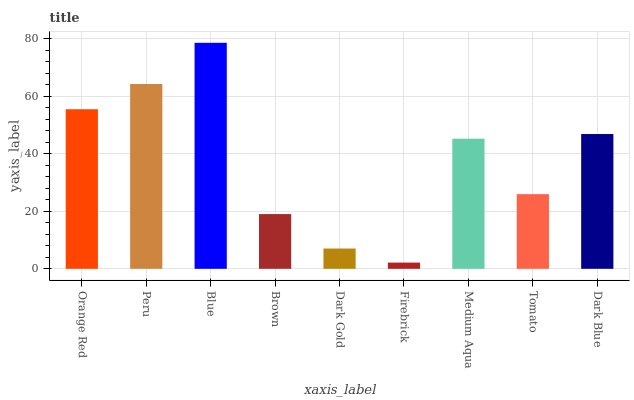
| xaxis_label | bars |
 | --- | --- |
 | Orange Red | 55.4 |
 | Peru | 64.2 |
 | Blue | 78.5 |
 | Brown | 19 |
 | Dark Gold | 7.05 |
 | Firebrick | 2.16 |
 | Medium Aqua | 45.2 |
 | Tomato | 25.9 |
 | Dark Blue | 46.8 |